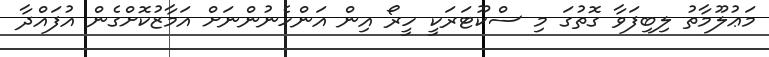
މަޢުލޫމާތު ލިބިފަވާ ގޮތުގަ މި ސްކޫޓަރަކީ ހީރޯ އިން އަންހެނުންނަށް އަމާޒުކޮށްގެން އުފައްދާ